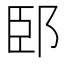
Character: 䢻